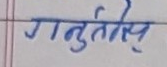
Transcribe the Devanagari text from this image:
गनुर्तेष